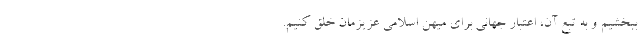
ببخشیم و به تبع آن، اعتبار جهانی برای میهن اسلامی عزیزمان خلق کنیم.